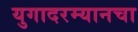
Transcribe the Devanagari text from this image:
युगादरम्यानचा